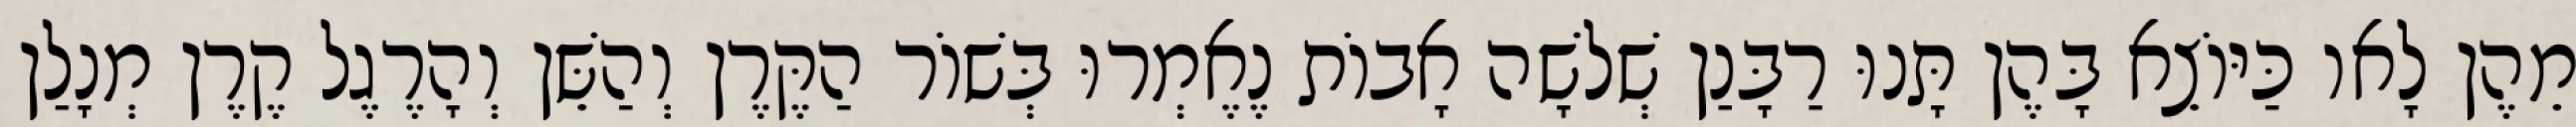
מֵהֶן לָאו כַּיּוֹצֵא בָּהֶן תָּנוּ רַבָּנַן שְׁלֹשָׁה אָבוֹת נֶאֶמְרוּ בְּשׁוֹר הַקֶּרֶן וְהַשֵּׁן וְהָרֶגֶל קֶרֶן מְנָלַן